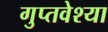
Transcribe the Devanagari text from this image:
गुप्तवेश्या